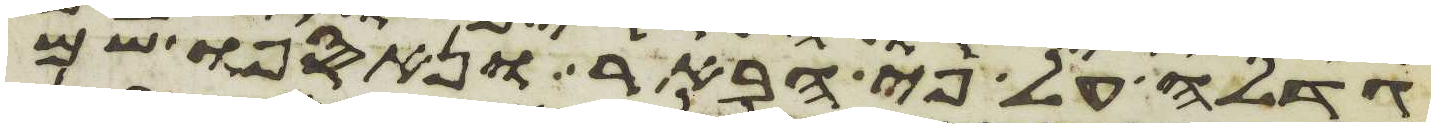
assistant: גדלה על פי הבאר ונאספו שם